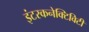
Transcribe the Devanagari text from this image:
इंटरकनेक्टिविटी